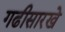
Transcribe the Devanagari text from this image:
गढीसारखे